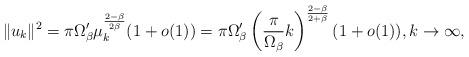
LaTeX: \begin{align*}\|u_k\|^2 = \pi \Omega_\beta' \mu_k^\frac{2-\beta}{2\beta} (1+o(1))= \pi \Omega_\beta' \left(\frac{\pi}{\Omega_\beta} k\right)^\frac{2-\beta}{2+\beta}(1+o(1)), k \to \infty, \end{align*}